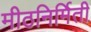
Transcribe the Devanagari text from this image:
मीठनिर्मिती